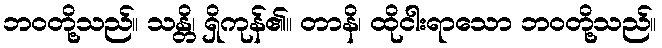
ဘဝတို့သည်။ သန္တိ၊ ရှိကုန်၏။ တာနိ၊ ထိုငါးရာသော ဘဝတို့သည်။